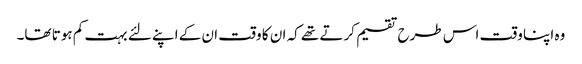
وہ اپنا وقت اس طرح تقسیم کرتے تھے کہ ان کا وقت ان کے اپنے لئے بہت کم ہوتا تھا۔